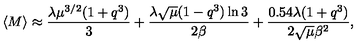
\langle M \rangle \approx \frac { \lambda \mu ^ { 3 / 2 } ( 1 + q ^ { 3 } ) } { 3 } + \frac { \lambda \sqrt { \mu } ( 1 - q ^ { 3 } ) \ln 3 } { 2 \beta } + \frac { 0 . 5 4 \lambda ( 1 + q ^ { 3 } ) } { 2 \sqrt { \mu } \beta ^ { 2 } } ,